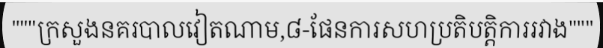
"""ក្រសួងនគរបាលវៀតណាម,៨-ផែនការសហប្រតិបត្តិការរវាង"""